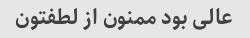
عالی بود ممنون از لطفتون